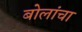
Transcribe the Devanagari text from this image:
बोलांचा